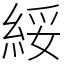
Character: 綏